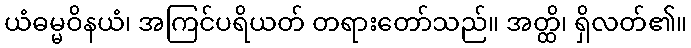
ယံဓမ္မဝိနယံ၊ အကြင်ပရိယတ် တရားတော်သည်။ အတ္ထိ၊ ရှိလတ်၏။